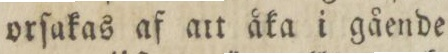
orſakas af att åka i gående.